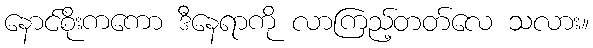
နောင်စိုးကကော ဒီနေရာကို လာကြည့်တတ်လေ သလား။